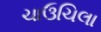
ચાઉચિલા